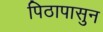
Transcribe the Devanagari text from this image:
पिठापासुन